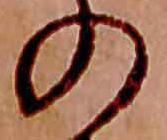
の